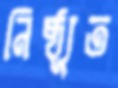
নিষ্ঠ্যূত